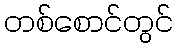
တစ်စောင်တွင်